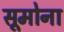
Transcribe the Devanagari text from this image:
सूमोना